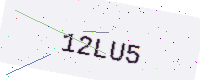
Text: 12LU5